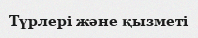
Түрлері және қызметі